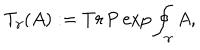
T _ { \gamma } ( A ) : = T r \, \mathrm { P } \exp \oint _ { \gamma } A ,